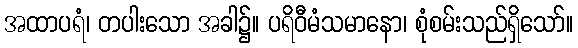
အထာပရံ၊ တပါးသော အခါ၌။ ပရိဝီမံသမာနော၊ စုံစမ်းသည်ရှိသော်။